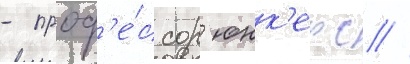
- проф'е́ссор юнк'ерс //